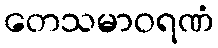
တေသမာဝရဏံ